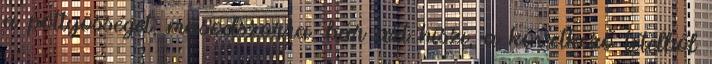
a pöttyösséget, másodszorra, bár azt hiszi, a következő tételből